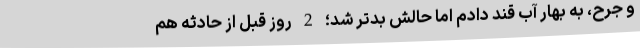
و جرح، به بهار آب قند دادم اما حالش بدتر شد؛ 2 روز قبل از حادثه هم